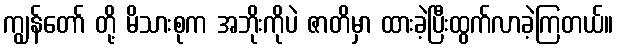
ကျွန်တော် တို့ မိသားစုက အဘိုးကိုပဲ ဇာတိမှာ ထားခဲ့ပြီးထွက်လာခဲ့ကြတယ်။